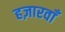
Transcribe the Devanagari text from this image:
हज़ारवाँ